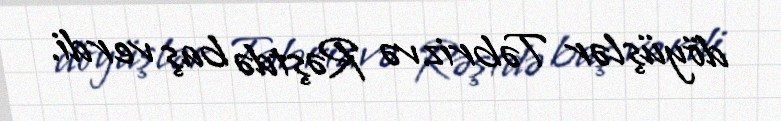
döyüşlər Təbriz və Rəştdə baş verdi.